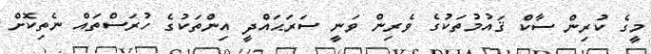
މީގެ ކުރިން ސާކް ޤައުމުތަކުގެ ވެރިން ވަނީ ސަރަޙައްދީ އިންތަކުގެ ހުރަސްތައް ނެތިކޮށް